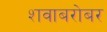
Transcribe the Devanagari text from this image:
शवाबरोबर